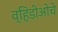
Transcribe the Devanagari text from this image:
व्हिडीओचे